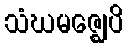
သံဃမဇ္ဈေပိ